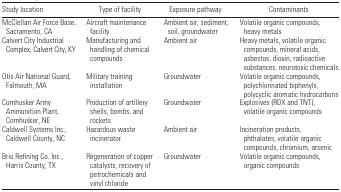
<table><thead><tr><td><b>Study location</b></td><td><b>Type of facility</b></td><td><b>Exposure pathway</b></td><td><b>Contaminants</b></td></tr></thead><tbody><tr><td>McClellan Air Force Base, Sacramento, CA</td><td>Aircraft maintenance facility</td><td>Ambient air, sediment, soil, groundwater</td><td>Volatile organic compounds, heavy metals</td></tr><tr><td>Calvert City Industrial Complex, Calvert City, KY</td><td>Manufacturing and handling of chemical compounds</td><td>Ambient air</td><td>Heavy metals, volatile organic compounds, mineral acids, asbestos, dioxin, radioactivesubstances, neurotoxic chemicals</td></tr><tr><td>Otis Air National Guard, Falmouth, MA</td><td>Military training installation</td><td>Groundwater</td><td>Volatile organic compounds, polychlorinated biphenyls, polycyclic aromatichydrocarbons</td></tr><tr><td>Cornhusker Army Ammunition Plant, Cornhusker, NE</td><td>Production of artillery shells, bombs, and rockets</td><td>Groundwater</td><td>Explosives (RDX and TNT), volatile organic compounds</td></tr><tr><td>Caldwell Systems Inc., Caldwell County, NC</td><td>Hazardous waste incinerator</td><td>Ambient air</td><td>Incineration products, phthalates, volatile organic compounds, chromium, arsenic</td></tr><tr><td>Brio Refining Co. Inc., Harris County, TX</td><td>Regeneration of copper catalysts, recovery of petrochemicals and vinylchloride</td><td>Groundwater</td><td>Volatile organic compounds, organic compounds</td></tr></tbody></table>